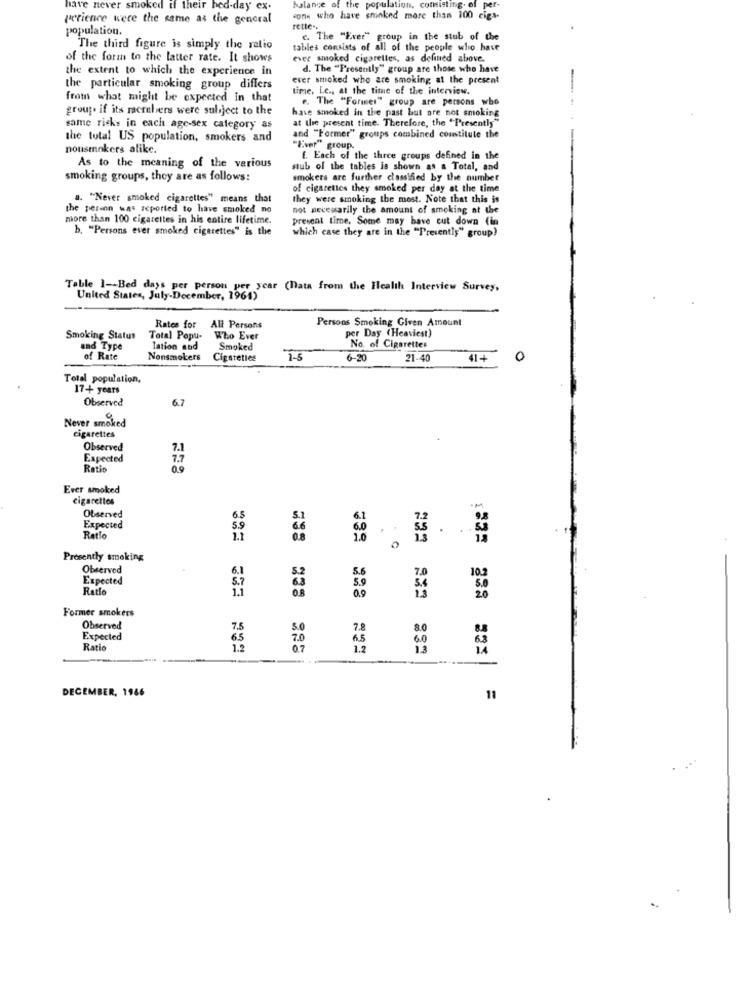
have never smoked if their bed-day c.
Falange
population, consisting of per-
perience were the same as the general
cons who have smoked more than 100 cigs-
population.
rette -.
c. The "Ever" group in the stub of the
The third figure is simply the ratio
tables consists of all of the people who have
of the form to the latter rate. It shows
ever smoked cigarettes, as defined above.
the extent to which the experience in
d. The "Presently" group are those who have
ever smoked who are smoking at the present
the particular smoking group differs
time, Le ., at the time of the interview.
from what might be expected in that
.. The "Formes" group are persons who
group. if its racrabers were subject to the
have smoked in the past but are not smoking
at the present time. Therefore, the "Presently"
same ricks in each age-sex category as
the total US population, smokers and
and "Former" groups combined constitute the
nousmokers alike.
"Eiver" group.
f. Each of the three groups defined in the
As to the meaning of the various
stub of the tables is shown as a Total, and
smoking groups, they are as follows:
smokers are further classified by the number
of cigarettes they smoked per day at the time
a. "Never smoked cigarettes" means that
they were smoking the most. Note that this is
the person was reported to have smoked no
not necesarily the amount of smoking at the
more than 100 cigarettes in his entire lifetime.
present time, Some may have cut down (in
b. "Persons ever smoked cigarettes" is the
which case they are in the "Presently" group)
Table 1 -- Bed days per person per year (nata from the Health Interview Survey,
United States, July-December, 1961)
Persons Smoking Given Amount
Rates for
All Persons
per Day (Heaviest)
Smoking Status
Total Popu-
Who Ever
and Type
Tation and
Smoked
No. of Cigarettes
of Rate
Nonsmokers
6-20
21-40
41+
0
Total population,
17+ years
Observed
6.7
Never smoked
cigarettes
Observed
7.1
Expected
1.7
Ratio
0.9
Ever smoked
cigarettes
Observed
6.5
6.1
Expected
5.9
6.0
Ratlo
1.1
0.8
1.0
.. ...
Presently smoking
Observed
6.1
5.2
5.6
7.0
Expected
5.7
10.2
Ratio
1.1
5.4
0.9
20
Former smokers
Observed
7.5
7.
8.0
Expected
6.5
65
60
63
Ratio
1.2
14
DECEMBER, 1966
11